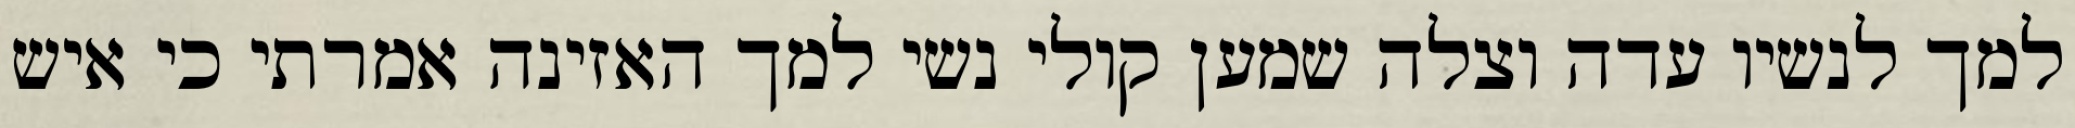
למך לנשיו עדה וצלה שמען קולי נשי למך האזינה אמרתי כי איש